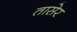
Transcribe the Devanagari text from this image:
तासेर